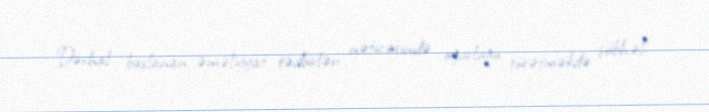
Dərhal başlanan əməliyyat tədbirləri nəticəsində oğurluğu törətməkdə şübhəli